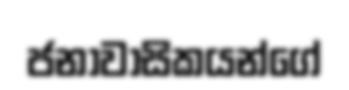
ජනාවාසිකයන්ගේ